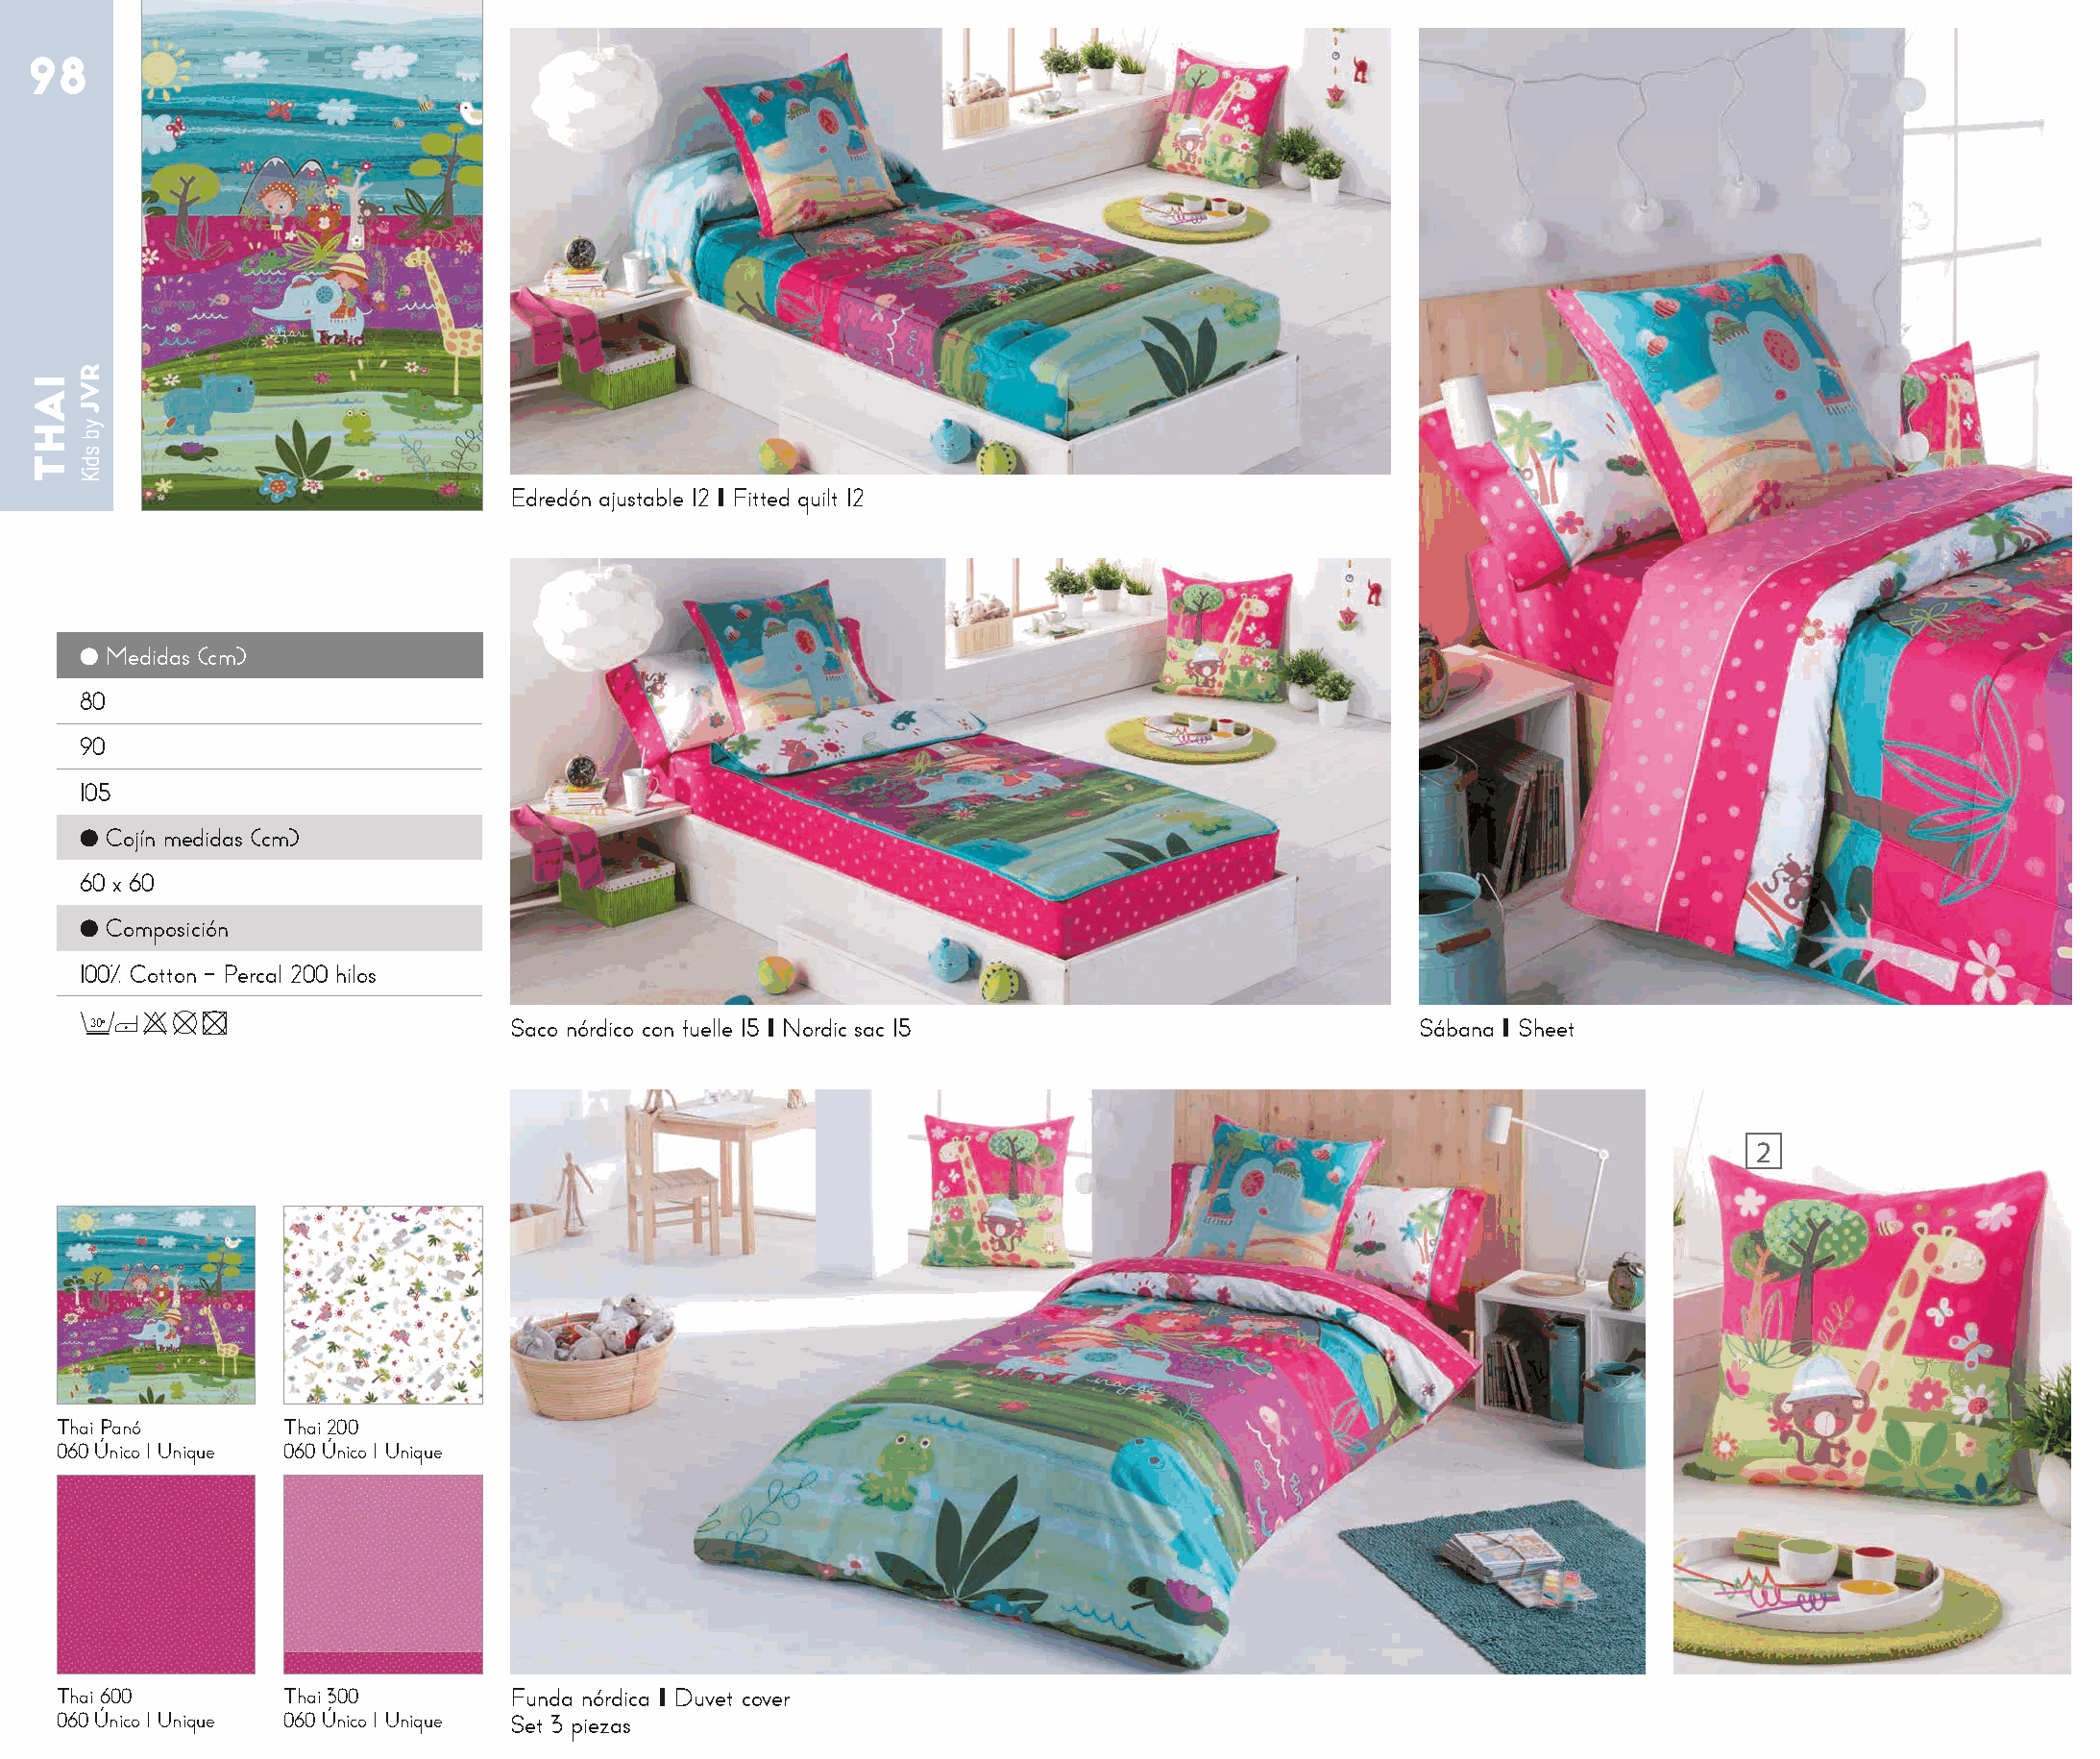
98
 Edredón ajustable 12 I Fitted quilt 12
 ● Medidas (cm)
 80
 90
 105
 ● Cojín medidas (cm)
 60 x 60
 ● Composición
 100% Cotton - Percal 200 hilos
 30o                          Saco nórdico con fuelle 15 I Nordic sac 15                     Sábana I Sheet
 2
 Thai Panó       Thai 200
 060 Único I Unique 060 Único I Unique
 Thai 600        Thai 300       Funda nórdica I Duvet cover
 060 Único I Unique 060 Único I Unique Set 3 piezas
 IAHT
 RVJ
 yb
 sdiK